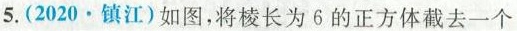
5.(2020·镇江)如图，将棱长为6的正方体截去一个